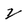
Character: 2